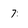
Character: 7